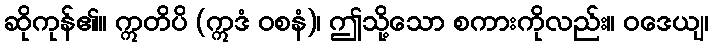
ဆိုကုန်၏။ ဣတိပိ (ဣဒံ ဝစနံ)၊ ဤသို့သော စကားကိုလည်း။ ဝဒေယျ၊